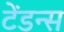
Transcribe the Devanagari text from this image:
टेंडन्स